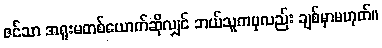
ဇင်သာ အရူးမတစ်ယောက်ဆိုလျှင် ဘယ်သူကမှလည်း ချစ်မှာမဟုတ်။